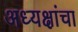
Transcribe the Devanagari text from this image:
अध्यक्षांचा